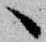
へ